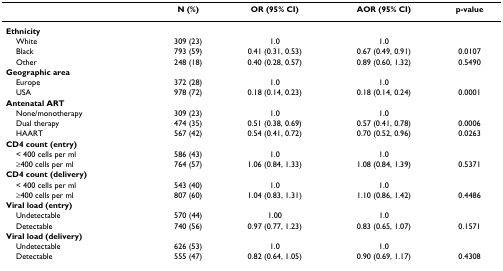
<table><thead><tr><td></td><td><b>N (%)</b></td><td><b>OR (95% CI)</b></td><td><b>AOR (95% CI)</b></td><td><b>p-value</b></td></tr></thead><tbody><tr><td><b>Ethnicity</b></td><td></td><td></td><td></td><td></td></tr><tr><td> White</td><td>309 (23)</td><td>1.0</td><td>1.0</td><td></td></tr><tr><td> Black</td><td>793 (59)</td><td>0.41 (0.31, 0.53)</td><td>0.67 (0.49, 0.91)</td><td>0.0107</td></tr><tr><td> Other</td><td>248 (18)</td><td>0.40 (0.28, 0.57)</td><td>0.89 (0.60, 1.32)</td><td>0.5490</td></tr><tr><td><b>Geographic area</b></td><td></td><td></td><td></td><td></td></tr><tr><td> Europe</td><td>372 (28)</td><td>1.0</td><td>1.0</td><td></td></tr><tr><td> USA</td><td>978 (72)</td><td>0.18 (0.14, 0.23)</td><td>0.18 (0.14, 0.24)</td><td>0.0001</td></tr><tr><td><b>Antenatal ART</b></td><td></td><td></td><td></td><td></td></tr><tr><td> None/monotherapy</td><td>309 (23)</td><td>1.0</td><td>1.0</td><td></td></tr><tr><td> Dual therapy</td><td>474 (35)</td><td>0.51 (0.38, 0.69)</td><td>0.57 (0.41, 0.78)</td><td>0.0006</td></tr><tr><td> HAART</td><td>567 (42)</td><td>0.54 (0.41, 0.72)</td><td>0.70 (0.52, 0.96)</td><td>0.0263</td></tr><tr><td><b>CD4 count (entry)</b></td><td></td><td></td><td></td><td></td></tr><tr><td> &lt; 400 cells per ml</td><td>586 (43)</td><td>1.0</td><td>1.0</td><td></td></tr><tr><td> ≥400 cells per ml</td><td>764 (57)</td><td>1.06 (0.84, 1.33)</td><td>1.08 (0.84, 1.39)</td><td>0.5371</td></tr><tr><td><b>CD4 count (delivery)</b></td><td></td><td></td><td></td><td></td></tr><tr><td> &lt; 400 cells per ml</td><td>543 (40)</td><td>1.0</td><td>1.0</td><td></td></tr><tr><td> ≥400 cells per ml</td><td>807 (60)</td><td>1.04 (0.83, 1.31)</td><td>1.10 (0.86, 1.42)</td><td>0.4486</td></tr><tr><td><b>Viral load (entry)</b></td><td></td><td></td><td></td><td></td></tr><tr><td> Undetectable</td><td>570 (44)</td><td>1.00</td><td>1.0</td><td></td></tr><tr><td> Detectable</td><td>740 (56)</td><td>0.97 (0.77, 1.23)</td><td>0.83 (0.65, 1.07)</td><td>0.1571</td></tr><tr><td><b>Viral load (delivery)</b></td><td></td><td></td><td></td><td></td></tr><tr><td> Undetectable</td><td>626 (53)</td><td>1.0</td><td>1.0</td><td></td></tr><tr><td> Detectable</td><td>555 (47)</td><td>0.82 (0.64, 1.05)</td><td>0.90 (0.69, 1.17)</td><td>0.4308</td></tr></tbody></table>